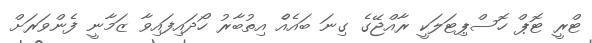
ޓްރީ ޓޮޕް ހޮސްޕިޓަލަކީ ރާއްޖޭގެ ގިނަ ބައެއްެ އިތުބާރު ހޯދައިފައިވާ ޒަމާނީ ފެންވަރަށް